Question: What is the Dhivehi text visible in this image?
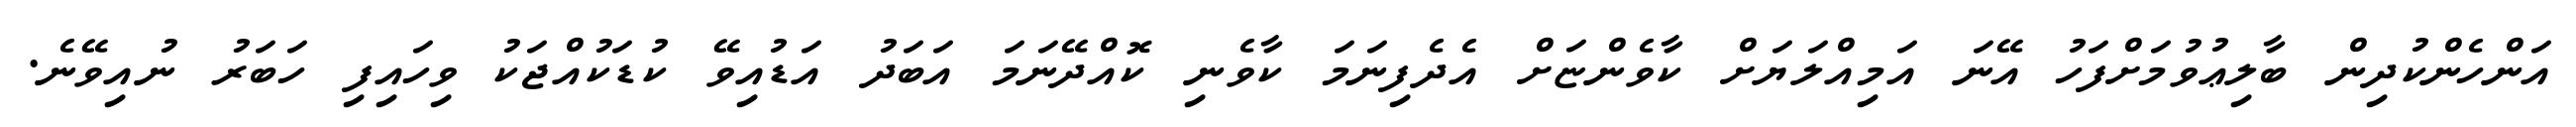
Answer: އަންހެންކުދިން ބާލިޢުވުމަށްފަހު އޭނަ އަމިއްލަޔަށް ކާވެންޏަށް އެދެފިނަމަ ކާވެނި ކޮއްދޭނަމަ އަބަދު އަޑުއިވޭ ކުޑަކުއްޖަކު ވިހައިފި ހަބަރު ނުއިވޭނެ.